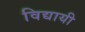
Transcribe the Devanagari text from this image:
विद्यायी